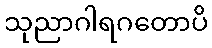
သုညာဂါရဂတောပိ